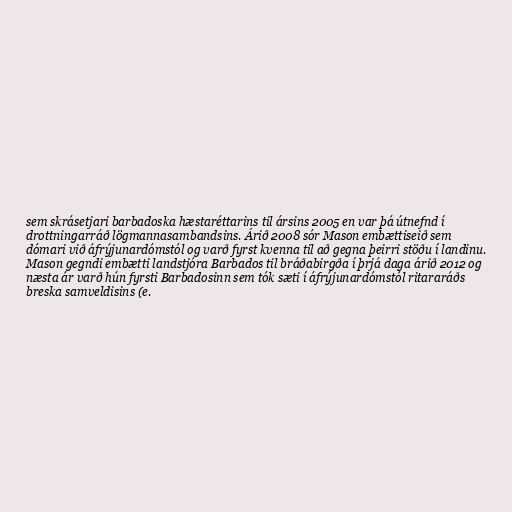
sem skrásetjari barbadoska hæstaréttarins til ársins 2005 en var þá útnefnd í
drottningarráð lögmannasambandsins. Árið 2008 sór Mason embættiseið sem
dómari við áfrýjunardómstól og varð fyrst kvenna til að gegna þeirri stöðu í landinu.
Mason gegndi embætti landstjóra Barbados til bráðabirgða í þrjá daga árið 2012 og
næsta ár varð hún fyrsti Barbadosinn sem tók sæti í áfrýjunardómstól ritararáðs
breska samveldisins (e.